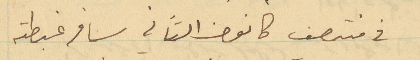
في منتصف كانون الثاني سافر غبطته